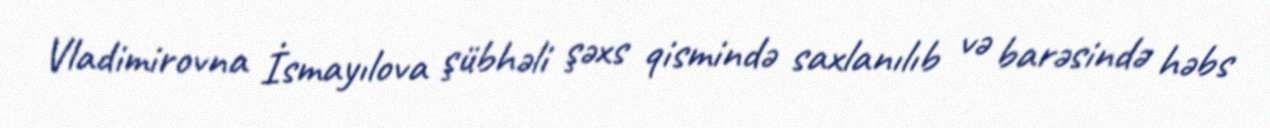
Vladimirovna İsmayılova şübhəli şəxs qismində saxlanılıb və barəsində həbs